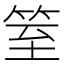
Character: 䇪